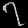
Digit: ၇